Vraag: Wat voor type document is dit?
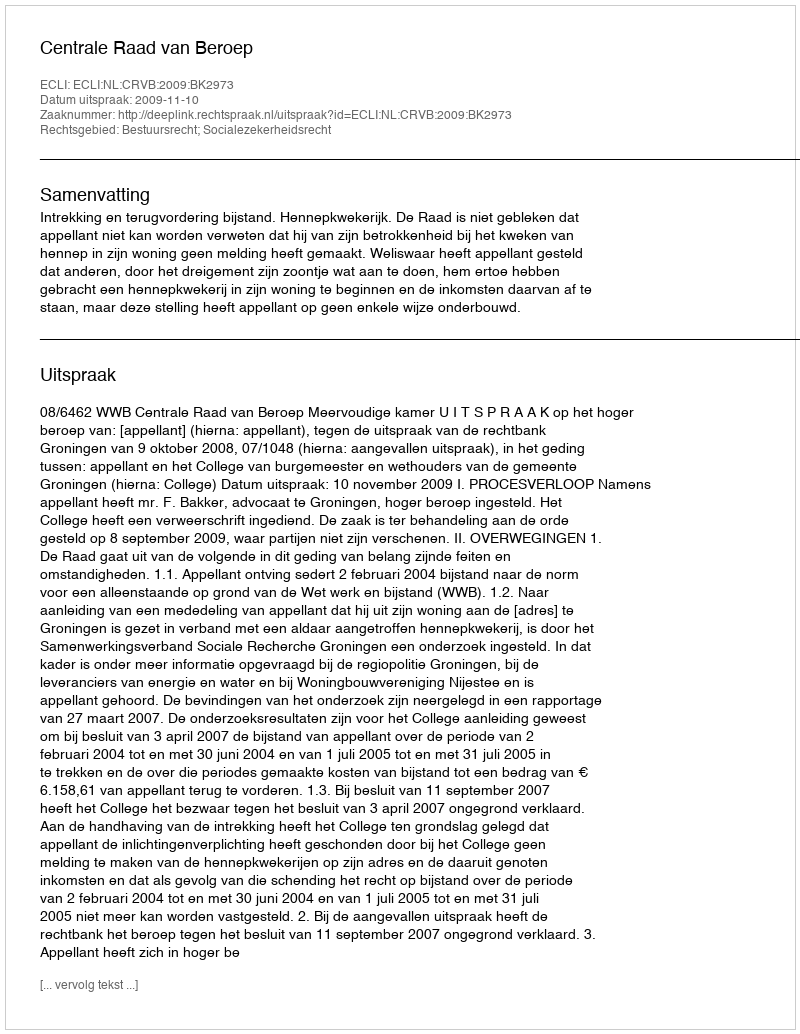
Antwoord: Uitspraak